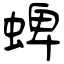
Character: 蜱